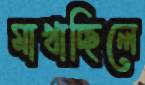
মাখাচ্ছিলে